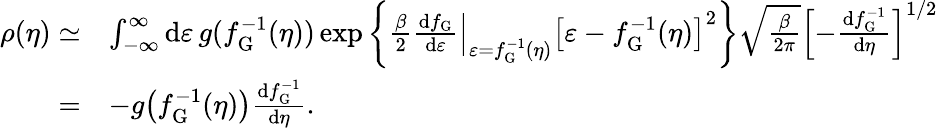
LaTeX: \begin{array}{rl}{\rho(\eta)\simeq}&{\int_{-\infty}^{\infty}\mathrm{d}\varepsilon\, g(f_{\mathrm{G}}^{-1}(\eta))\exp\left\lbrace\frac{\beta}{2}\left.\frac{\mathrm{d}f_{\mathrm{G}}}{\mathrm{d}\varepsilon}\right|_{\varepsilon=f_{\mathrm{G}}^{-1}(\eta)}\left[\varepsilon-f_{\mathrm{G}}^{-1}(\eta)\right]^{2}\right\rbrace\sqrt{\frac{\beta}{2\pi}}\left[-\frac{\mathrm{d}f_{\mathrm{G}}^{-1}}{\mathrm{d}\eta}\right]^{1/2}}\\ {=}&{-g\big(f_{\mathrm{G}}^{-1}(\eta)\big)\frac{\mathrm{d}f_{\mathrm{G}}^{-1}}{\mathrm{d}\eta}.}\end{array}